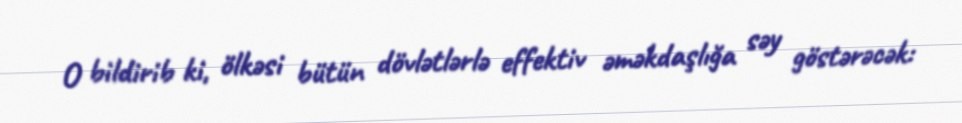
O bildirib ki, ölkəsi bütün dövlətlərlə effektiv əməkdaşlığa səy göstərəcək: